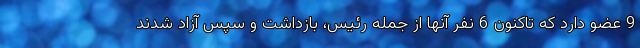
9 عضو دارد که تاکنون 6 نفر آنها از جمله رئیس، بازداشت و سپس آزاد شدند